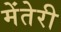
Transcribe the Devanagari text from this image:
मेंतेरी